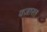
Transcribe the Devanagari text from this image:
वज़ारत